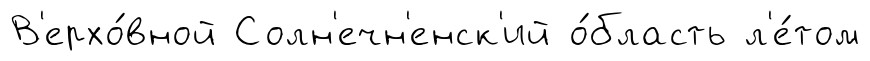
В'ерхо́вной Солн'ечн'енск'ий о́бласть л'е́том